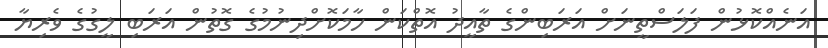
އަނެއްކޮޅުން ފަލަސްތީނަށް އަރަބިންގެ ތާއީދު އޮތްކަން ހާމަކޮށްދިނުމުގެ ގޮތުން އަރަބި ލީގުގެ ވެރިޔާ